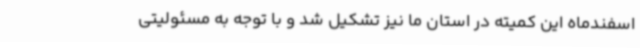
اسفندماه این کمیته در استان ما نیز تشکیل شد و با توجه به مسئولیتی